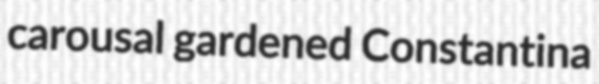
carousal gardened Constantina